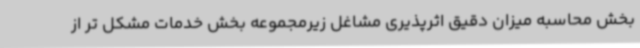
بخش محاسبه میزان دقیق اثرپذیری مشاغل زیرمجموعه بخش خدمات مشکل تر از